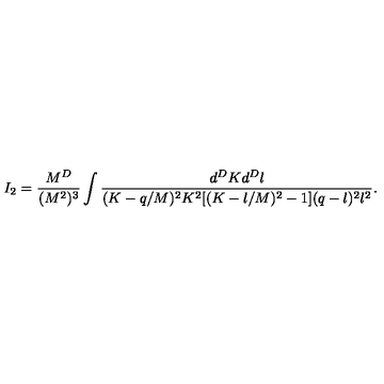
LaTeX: I _ { 2 } = \frac { M ^ { D } } { ( M ^ { 2 } ) ^ { 3 } } \int \frac { d ^ { D } K d ^ { D } l } { ( K - q / M ) ^ { 2 } K ^ { 2 } [ ( K - l / M ) ^ { 2 } - 1 ] ( q - l ) ^ { 2 } l ^ { 2 } } .